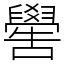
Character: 嚳